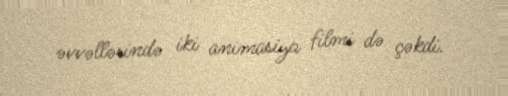
əvvəllərində iki animasiya filmi də çəkdi.